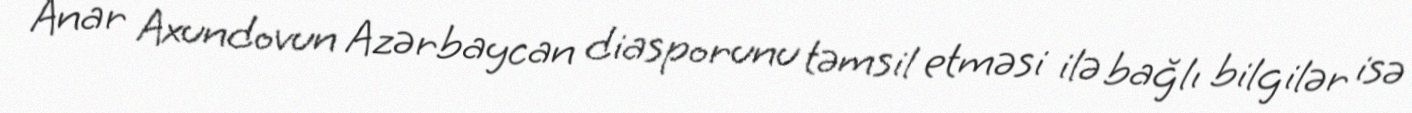
Anar Axundovun Azərbaycan diasporunu təmsil etməsi ilə bağlı bilgilər isə